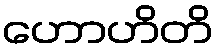
ဟောဟိတိ